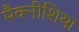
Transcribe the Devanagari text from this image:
मैक्नीशिया